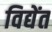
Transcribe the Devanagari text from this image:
विद्येंत